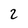
Character: 2